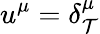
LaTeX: u^{\mu}=\delta_{\mathcal{T}}^{\mu}